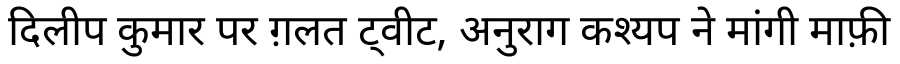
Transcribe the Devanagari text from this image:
दिलीप कुमार पर ग़लत ट्वीट, अनुराग कश्यप ने मांगी माफ़ी